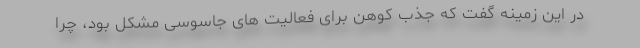
در این زمینه گفت که جذب کوهن برای فعالیت ‌های جاسوسی مشکل بود، چرا